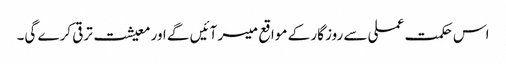
اس حکمت عملی سے روز گار کے مواقع میسر آئیں گے اور معیشت ترقی کرے گی۔